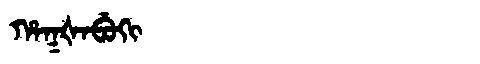
Manchu: ᡥᠠᡴᡧᠠᠪᡠᡴᡳ
Romanization: HAKŠABUKI